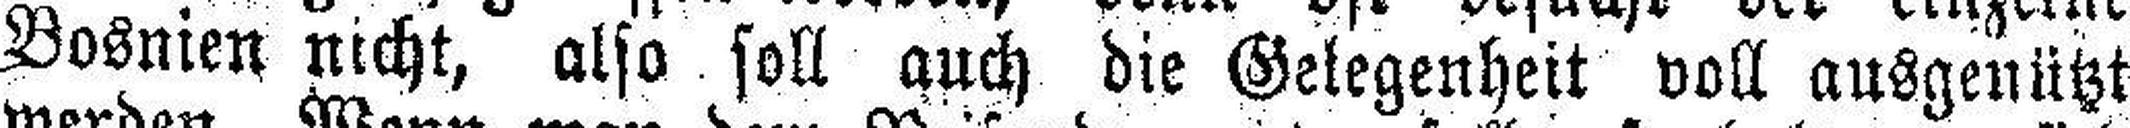
Bosnien nicht, also soll auch die Gelegenheit voll ausgenützt